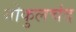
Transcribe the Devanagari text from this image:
गोकुलचंद